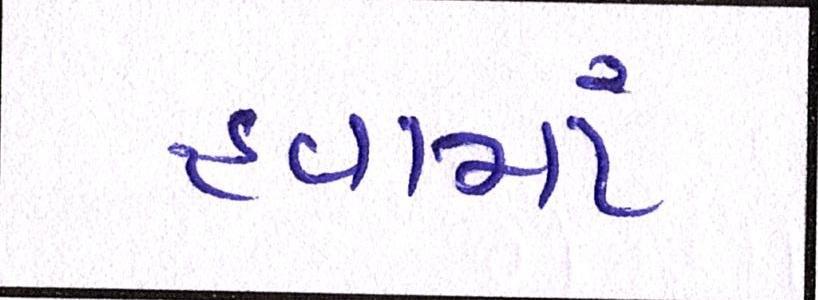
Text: હવામાં